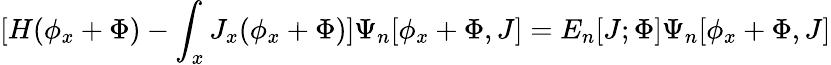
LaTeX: [H(\phi_{x}+\Phi)-\int_{x}J_{x}(\phi_{x}+\Phi)]\Psi_{n}[\phi_{x}+\Phi,J]=E_{n}[J;\Phi]\Psi_{n}[\phi_{x}+\Phi,J]